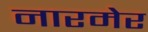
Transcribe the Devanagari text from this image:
नारमेर